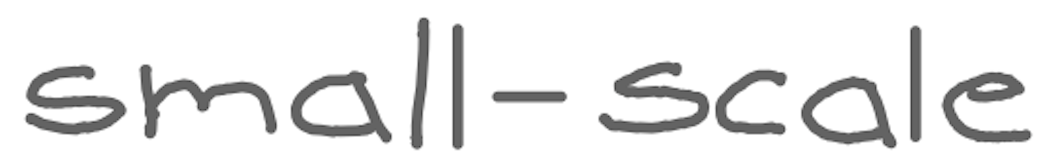
Text: small-scale
Cross-out: clean
Writing tool: digital_gray